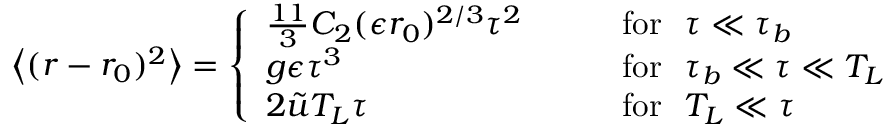
\left\langle { ( r - r _ { 0 } ) ^ { 2 } } \right\rangle = \left\{ \begin{array} { l l } { \frac { 1 1 } { 3 } C _ { 2 } ( \epsilon r _ { 0 } ) ^ { 2 / 3 } \tau ^ { 2 } \quad \quad } & { \mathrm { f o r } \, \, \, \, \tau \ll \tau _ { b } } \\ { g \epsilon \tau ^ { 3 } } & { \mathrm { f o r } \, \, \, \, \tau _ { b } \ll \tau \ll T _ { L } } \\ { 2 \tilde { u } T _ { L } \tau } & { \mathrm { f o r } \, \, \, \, T _ { L } \ll \tau } \end{array} \right.